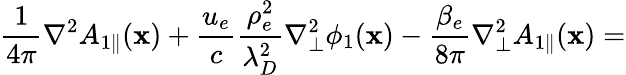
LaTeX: \frac{1}{4\pi}\nabla^{2}{A}_{1\parallel}(\textbf{x})+\frac{u_{e}}{c}\frac{\rho_{e}^{2}}{\lambda_{D}^{2}}\nabla_{\perp}^{2}\phi_{1}(\textbf{x})-\frac{\beta_{e}}{8\pi}\nabla_{\perp}^{2}{A}_{1\parallel}(\textbf{x})=